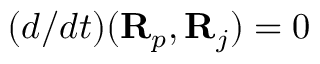
( d / d t ) ( { \bf R } _ { p } , { \bf R } _ { j } ) = 0